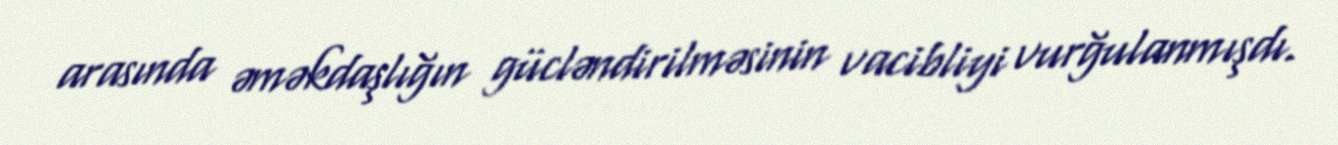
arasında əməkdaşlığın gücləndirilməsinin vacibliyi vurğulanmışdı.